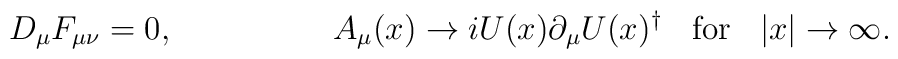
D_{\mu} F_{\mu\nu} = 0,        \hspace{2cm} A_{\mu}(x) \rightarrow i U(x) \partial_{\mu}         U(x)^{\dagger} \; \;         \hbox{ for } \; \; |x| \rightarrow \infty .